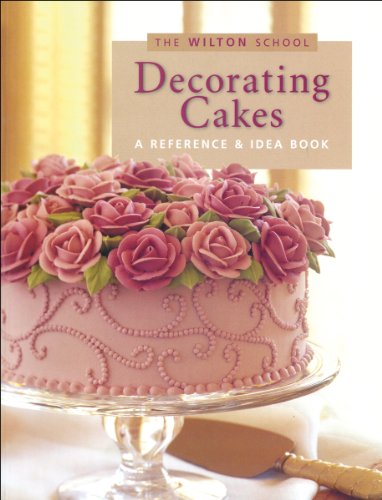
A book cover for Wilton Decorating Cakes Book; Cookbooks, Food & Wine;